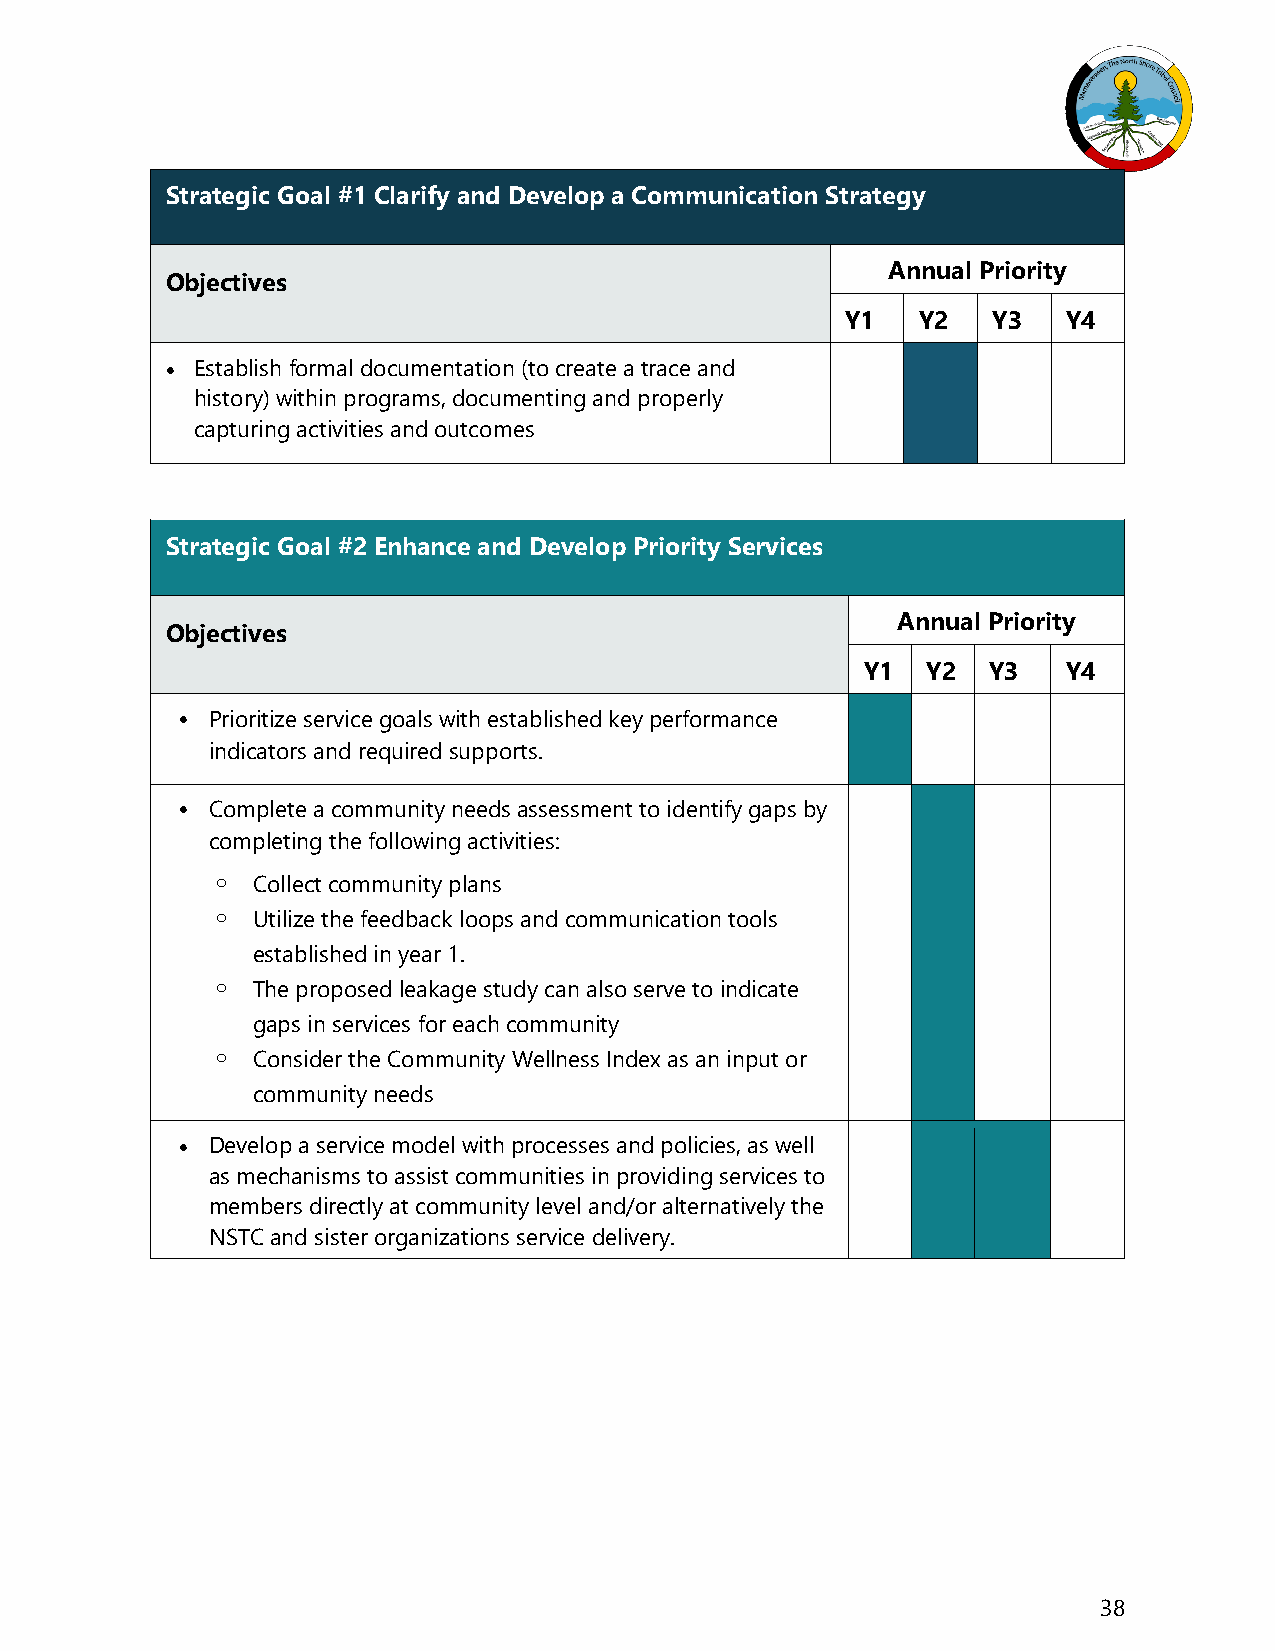
Strategic Goal #1 Clarify and Develop a Communication Strategy
 Annual Priority
 Objectives
 Y1   Y2   Y3   Y4
  Establish formal documentation (to create a trace and
 history) within programs, documenting and properly
 capturing activities and outcomes
 Strategic Goal #2 Enhance and Develop Priority Services
 Annual Priority
 Objectives
 Y1  Y2  Y3    Y4
  Prioritize service goals with established key performance
 indicators and required supports.
  Complete a community needs assessment to identify gaps by
 completing the following activities:
 o  Collect community plans
 o  Utilize the feedback loops and communication tools
 established in year 1.
 o  The proposed leakage study can also serve to indicate
 gaps in services for each community
 o  Consider the Community Wellness Index as an input or
 community needs
  Develop a service model with processes and policies, as well
 as mechanisms to assist communities in providing services to
 members directly at community level and/or alternatively the
 NSTC and sister organizations service delivery.
 38